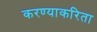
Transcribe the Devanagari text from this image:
करण्‍याकरिता